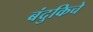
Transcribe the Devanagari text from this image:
बंदुकिचे